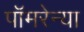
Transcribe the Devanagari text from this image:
पॉमरेन्या